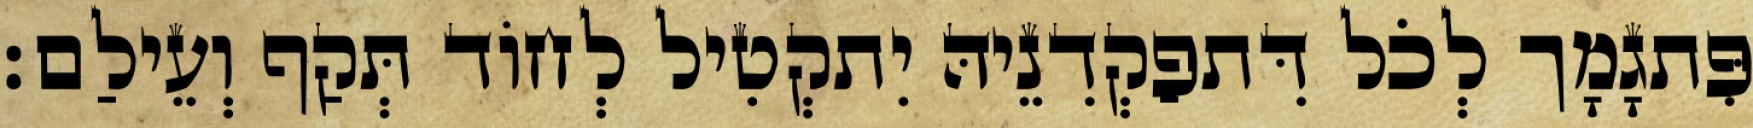
פִּתגָמָך לְכֹל דִּתפַקְדִנֵיהּ יִתקְטִיל לְחוֹד תְּקַף וְעֵילַם׃